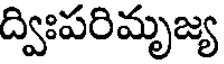
ద్విఃపరిమృజ్య